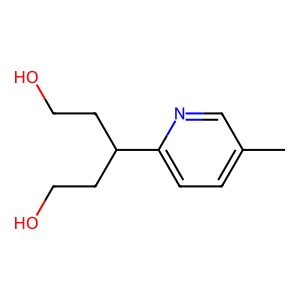
SMILES: Cc1ccc(C(CCO)CCO)nc1
Inhibits HIV replication: No